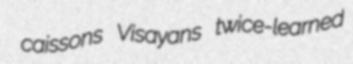
caissons Visayans twice-learned